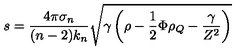
s = \frac { 4 \pi \sigma _ { n } } { ( n - 2 ) k _ { n } } \sqrt { \gamma \left( \rho - \frac { 1 } { 2 } \Phi \rho _ { Q } - \frac { \gamma } { Z ^ { 2 } } \right) }